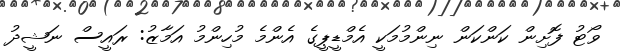
ވޯޓު ފޮށިން ކަންކަން ނިންމުމަކީ އެމްޑީޕީގެ އެންމެ މުހިންމު އަމާޒު: ރައީސް ނަޝީދު